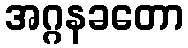
အဂ္ဂနခတော